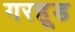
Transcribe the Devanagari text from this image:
गरहूड